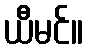
ယီမင်။